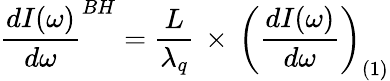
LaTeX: \frac{dI(\omega)}{d\omega}^{BH}=\frac{L}{\lambda_{q}}\, \times\, \left(\frac{dI(\omega)}{d\omega}\right)_{(1)}